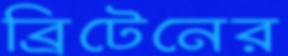
ব্রিটেনের